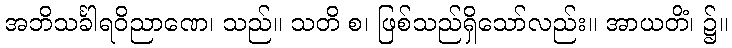
အဘိသင်္ခါရဝိညာဏေ၊ သည်။ သတိ စ၊ ဖြစ်သည်ရှိသော်လည်း။ အာယတိံ၊ ၌။